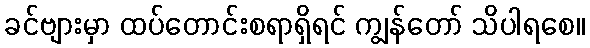
ခင်ဗျားမှာ ထပ်တောင်းစရာရှိရင် ကျွန်တော် သိပါရစေ။